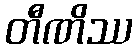
တီဏိဿ